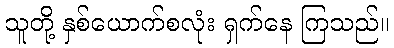
သူတို့ နှစ်ယောက်စလုံး ရှက်နေ ကြသည်။